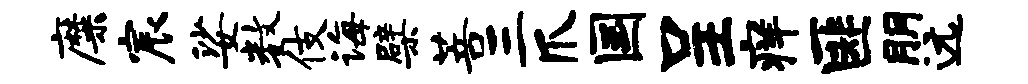
靡宸娑数伎诲檗菩三爪国呈痒匪朋远